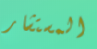
المستشار